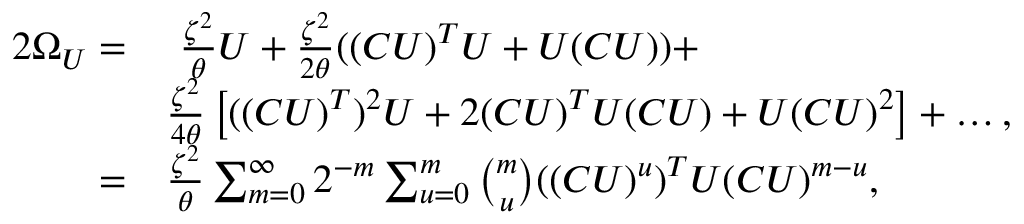
\begin{array} { r l } { 2 \Omega _ { U } = } & { \ \frac { \zeta ^ { 2 } } { \theta } U + \frac { \zeta ^ { 2 } } { 2 \theta } ( ( C U ) ^ { T } U + U ( C U ) ) + } \\ & { \frac { \zeta ^ { 2 } } { 4 \theta } \left[ ( ( C U ) ^ { T } ) ^ { 2 } U + 2 ( C U ) ^ { T } U ( C U ) + U ( C U ) ^ { 2 } \right] + \ldots , } \\ { = } & { \frac { \zeta ^ { 2 } } { \theta } \sum _ { m = 0 } ^ { \infty } { 2 ^ { - m } \sum _ { u = 0 } ^ { m } { \binom { m } { u } ( ( C U ) ^ { u } ) ^ { T } U ( C U ) ^ { m - u } } } , } \end{array}